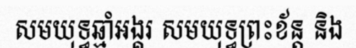
សមយុទ្ធឆ្មាំអង្គរ សមយុទ្ធព្រះខ័ន្ត និង